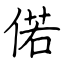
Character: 偌